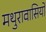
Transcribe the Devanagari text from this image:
मथुरावासियों